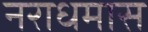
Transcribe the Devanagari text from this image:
नराधमास